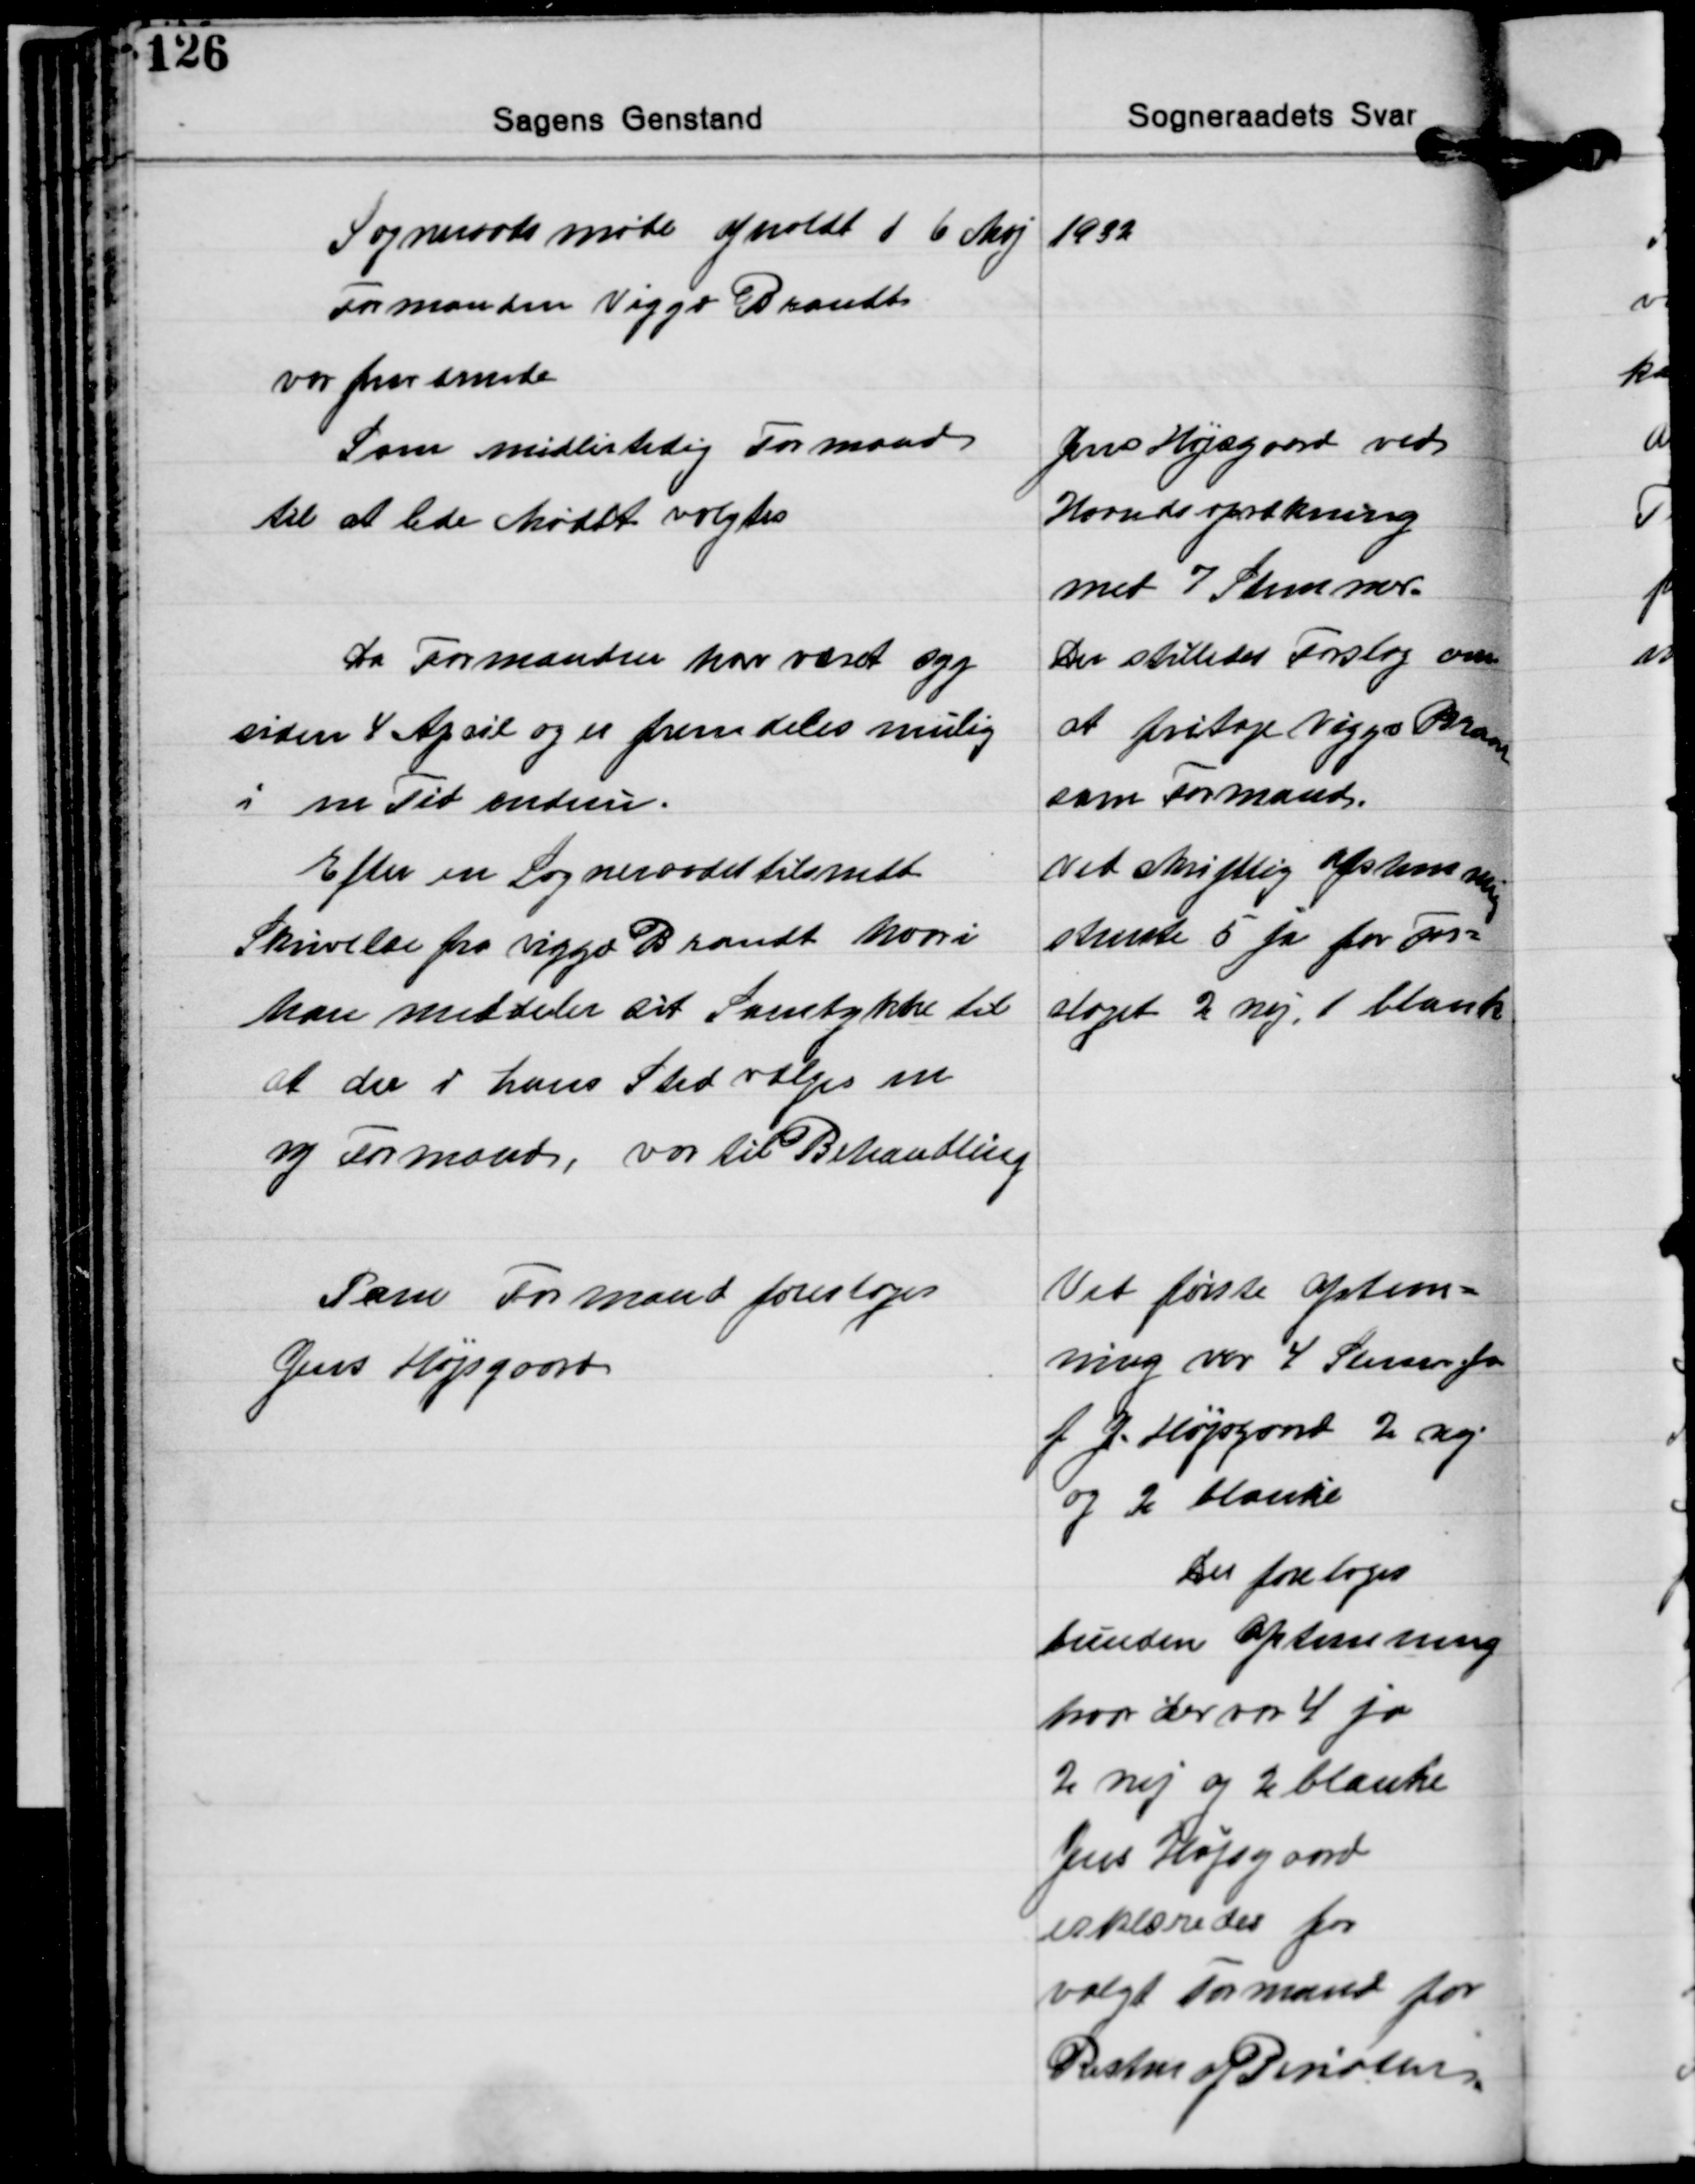
Transskription:
Sogneraadsmøde afholdt d 6 Maj 1932

Formanden Viggo Brandt
var fraværende

Som midlertidig Formand
til at lede Mødet valgtes

Jens Højsgaard ved
Haandsoprækning
med 7 Stemmer.

Da Formanden har været syg
siden 4 April og er fremdeles mulig
i en Tid endnu.

Der stilledes Forslag om
at fritage Viggo Brandt
som Formand.

Efter en Sogneraadet tilsendt
Skrivelse fra Viggo Brandt hvori
han meddeler sit Samtykke til
at der i hans Sted vælges en
ny Formand, var til Behandling

ved skriftlig afstemning
stremte 5 ja for For-
slaget 2 nej. 1 blank

Som Formand foresloges
Jens Højsgaard

Ved første afstem-
ning var 4 Stemmer for
f J. Højsgarrd 2 nej
og 2 blanke

Der foretoges
bunden Afstemning
hvor der var 4 ja
2 nej og 2 blanke
Jens Højsgaard
erklæredes for
valgt Formand for
Resten af Perioden.